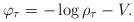
LaTeX: \begin{align*}\varphi_{\tau}=-\log\rho_{\tau}-V.\end{align*}